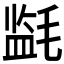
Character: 𰚪